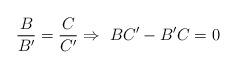
LaTeX: \begin{align*}\frac{B}{B'}=\frac{C}{C'} \Rightarrow \,\,BC'-B'C=0 \end{align*}